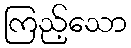
ကြည့်သော